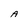
Character: A